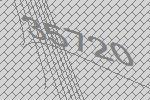
35720